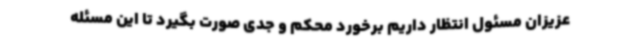
عزیزان مسئول انتظار داریم برخورد محکم و جدی صورت بگیرد تا این مسئله